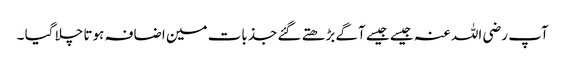
آپ رضی اللہ عنہ جیسے جیسے آگے بڑھتے گئے جذبات مین اضافہ ہوتا چلا گیا ۔